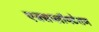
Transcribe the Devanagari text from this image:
एक्सप्लॉयटेशन